65_HS1-834228961_62-HQ-83894_Section_1
Agency: FBI
Page 7
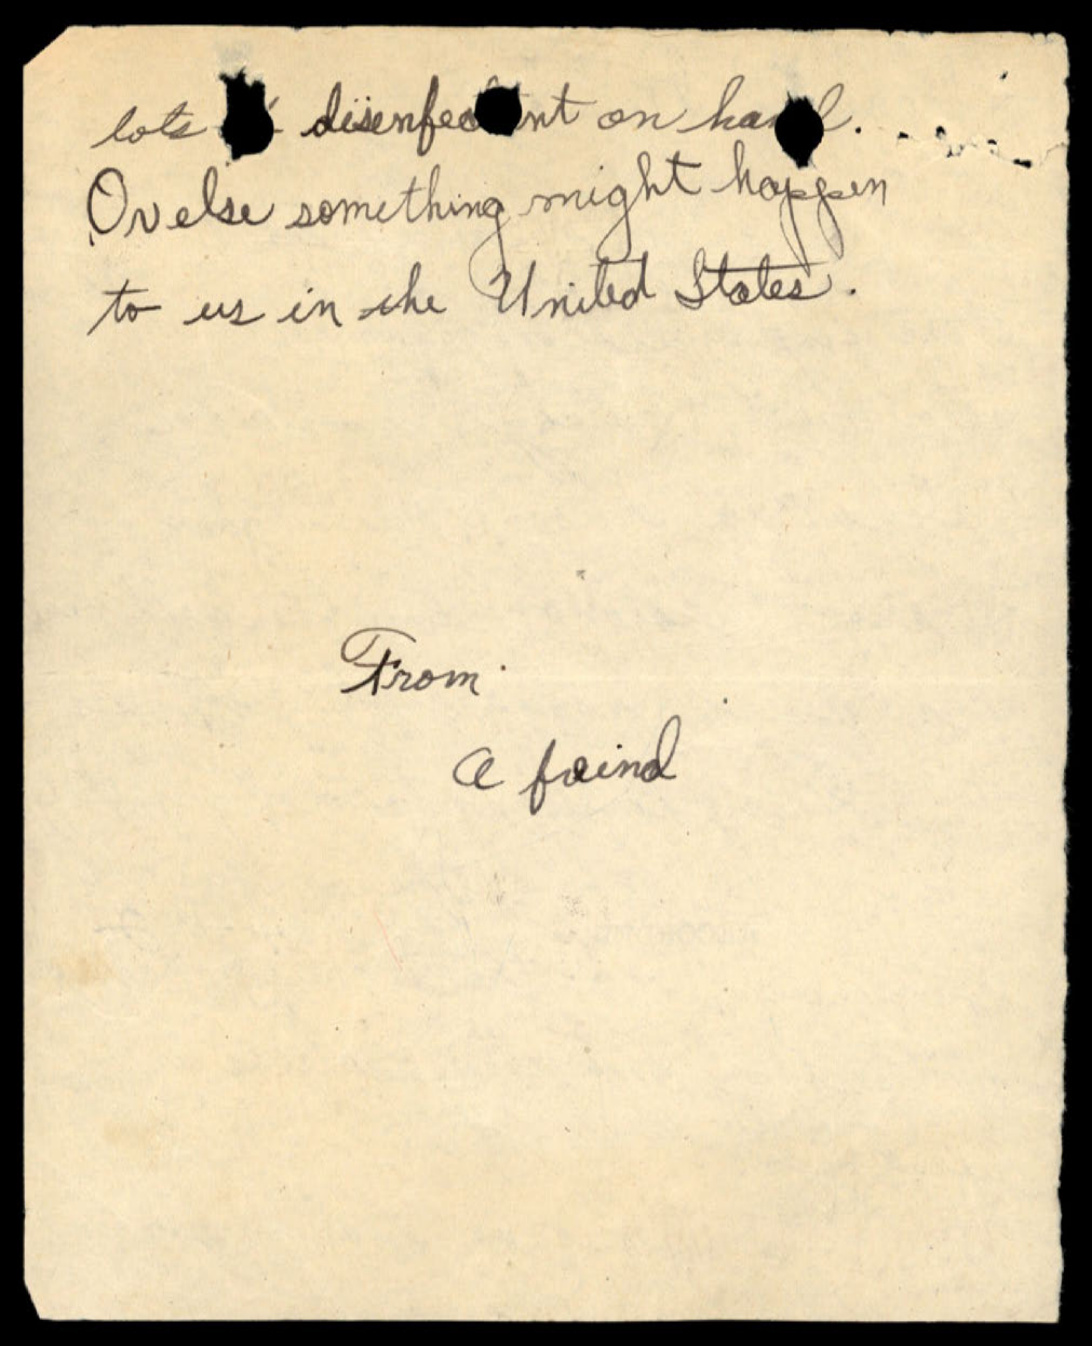